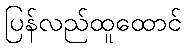
ပြန်လည်ထူထောင်